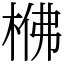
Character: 梻